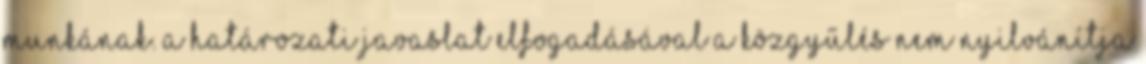
munkának. A határozati javaslat elfogadásával a közgyűlés nem nyilvánítja